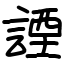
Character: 諲